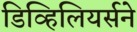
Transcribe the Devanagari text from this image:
डिव्हिलियर्सने